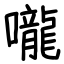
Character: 嚨